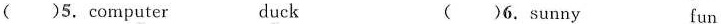
()5.cornputer duck ()6.sunny fun